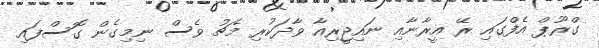
ގްރޫޕް އެފްގައި ރޭ އީރާނާއި ނައިޖީރިއާ ވާދަކުރި މެޗު ވެސް ނިމިގެން ގޮސްފައި